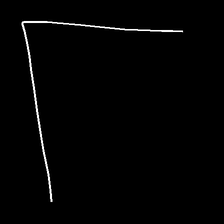
Glyph: region